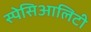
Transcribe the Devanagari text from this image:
स्पेसिआलिटी